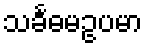
သင်္ခဓမဥပမာ